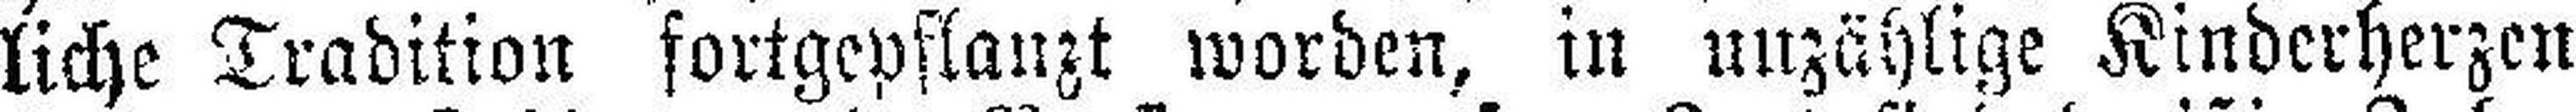
liche Tradition fortgepflanzt worden, in unzählige Kinderherzen